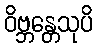
ဝိဗ္ဘန္တေသုပိ